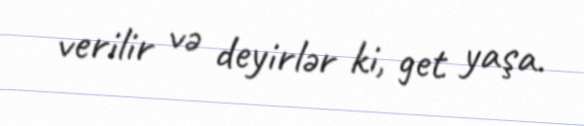
verilir və deyirlər ki, get yaşa.